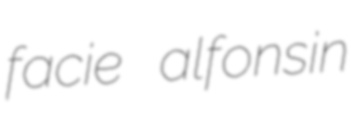
facie alfonsin